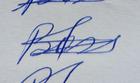
Signature authenticity: genuine